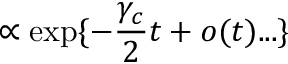
\propto \exp \{ - \frac { \gamma _ { c } } { 2 } t + o ( t ) . . . \}